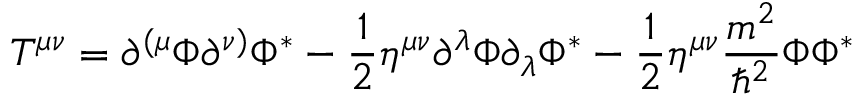
T ^ { \mu \nu } = \partial ^ { ( \mu } \Phi \partial ^ { \nu ) } \Phi ^ { * } - \frac 1 2 \eta ^ { \mu \nu } \partial ^ { \lambda } \Phi \partial _ { \lambda } \Phi ^ { * } - \frac 1 2 \eta ^ { \mu \nu } \frac { m ^ { 2 } } { \hbar ^ { 2 } } \Phi \Phi ^ { * }